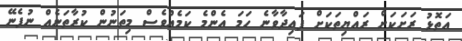
އަތޮޅު ރަށަކަށް ރައްޔިތަކަށް ފައިދާވާނެ ހަމަ އެންމެ ކަމެއްވެސް މިތަނުން ކުރާތަނެއް ނުފެނޭ